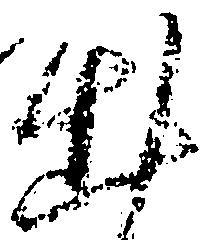
出